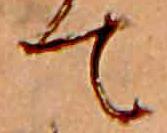
て